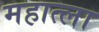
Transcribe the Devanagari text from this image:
महात्ला